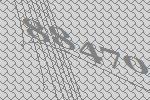
88470